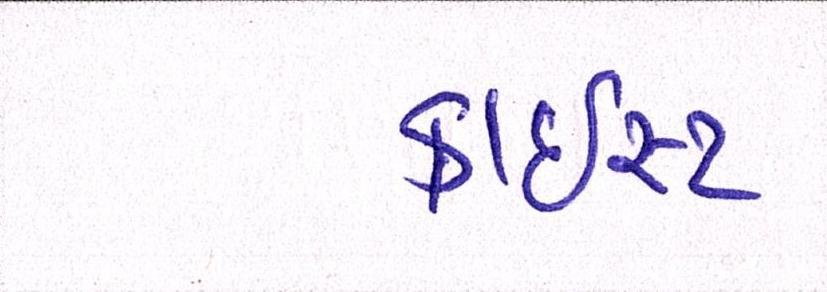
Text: ક્રાઇસ્ટ